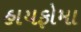
હાયફોમા